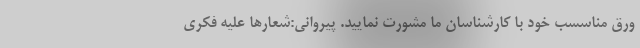
ورق مناسسب خود با کارشناسان ما مشورت نمایید. پیروانی:شعارها علیه فکری